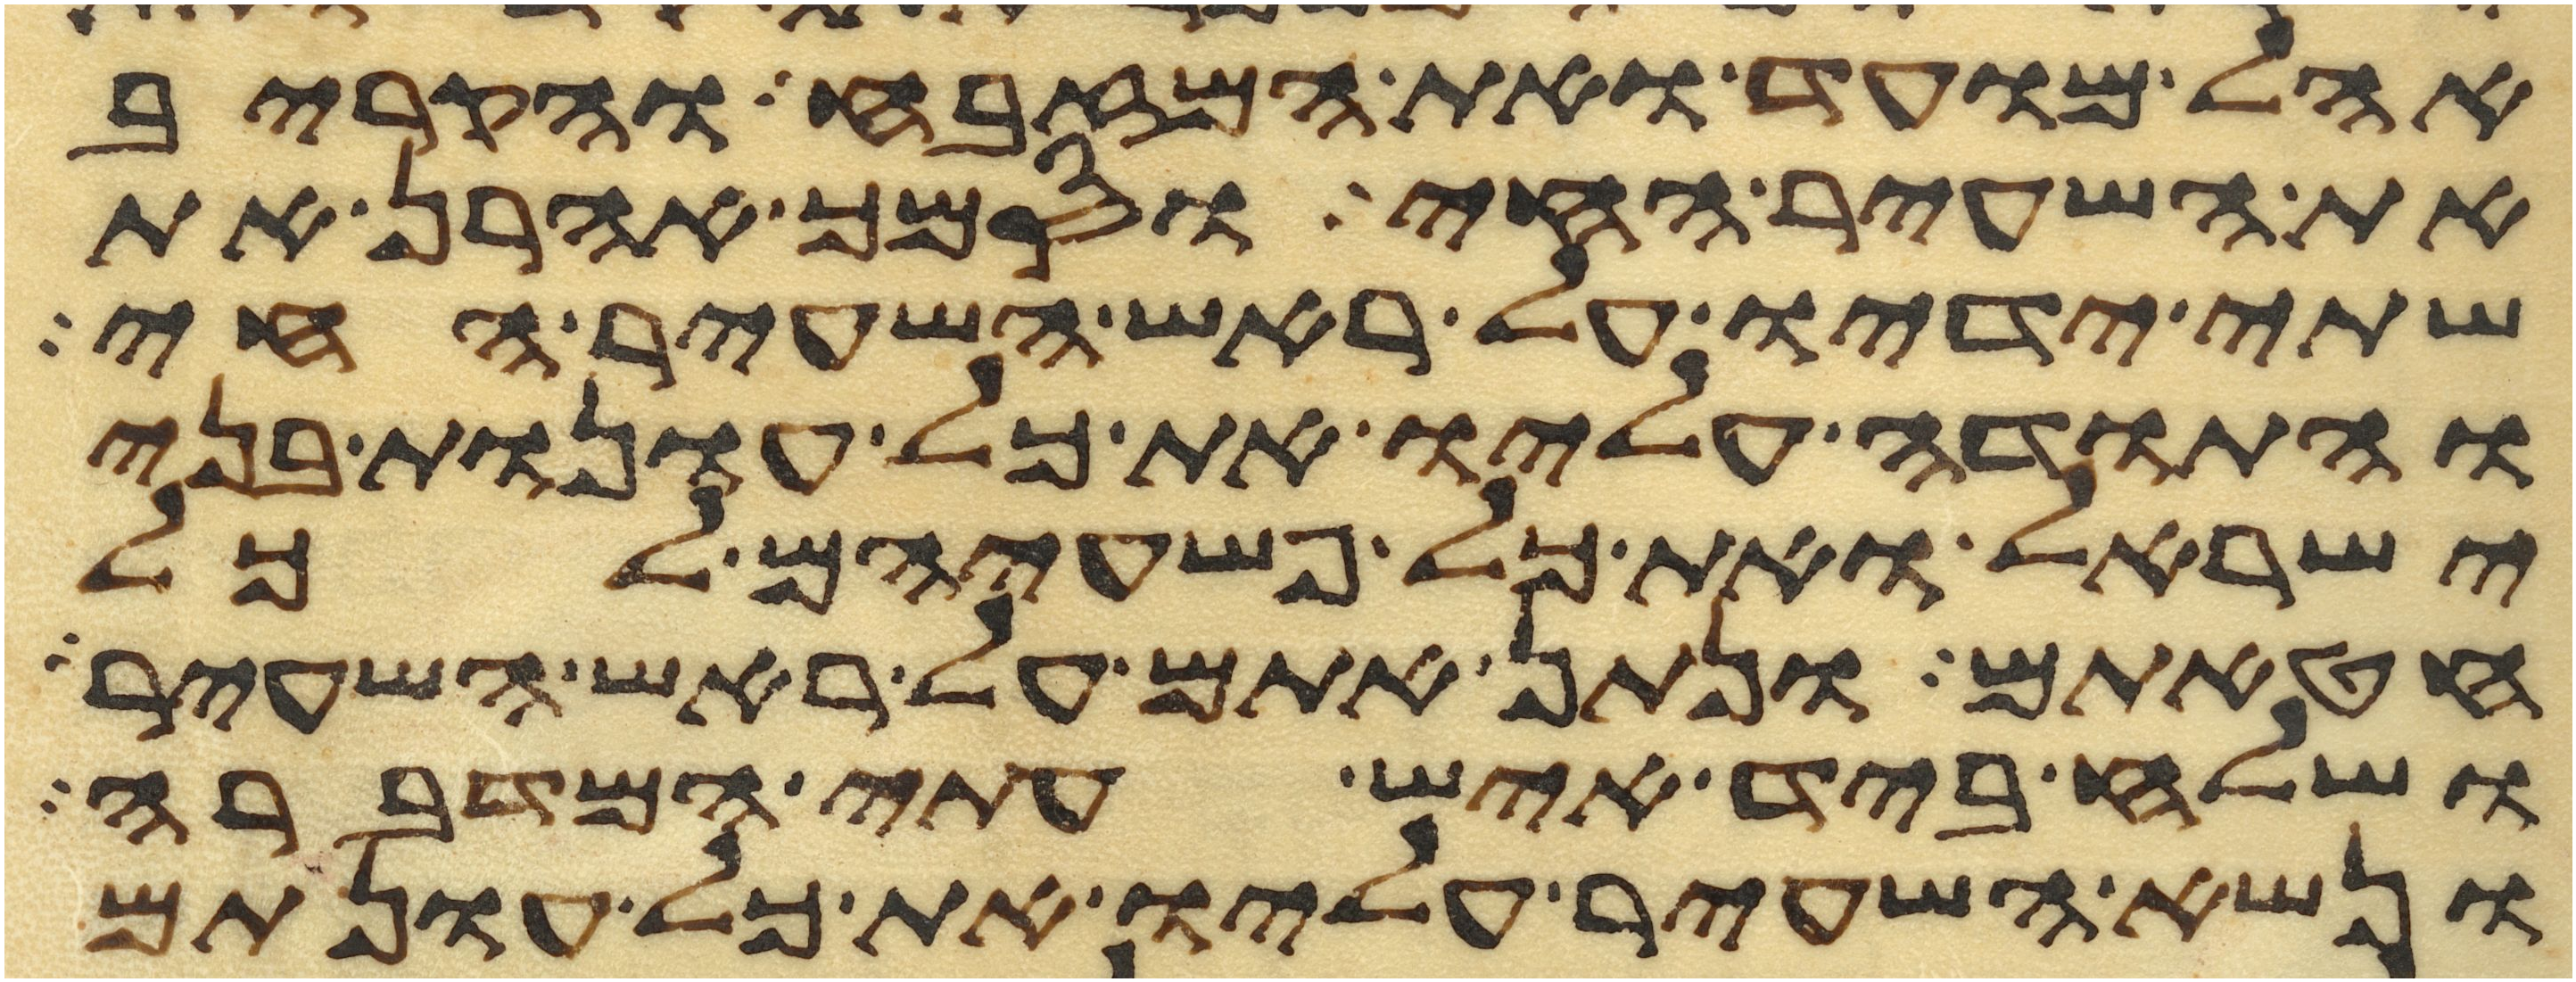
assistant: אהל מועד ואת המזבח והקריב
את השעיר החי וסמך אהרן את
שתי ידיו על ראש השעיר החי
והתודה עליו את כל עונות בני
ישראל ואת כל פשעיהם לכל
חטאתם ונתן אתם על ראש השעיר
ושלח ביד איש עתי המדברה
ונשא השעיר עליו את כל עונתם